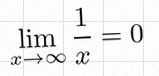
\lim_{x\to\infty}\frac{1}{x}=0